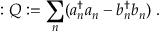
: Q : = \sum _ { n } ( a _ { n } ^ { \dagger } a _ { n } - b _ { n } ^ { \dagger } b _ { n } ) \; .